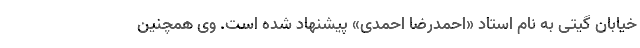
خیابان گیتی به نام استاد «احمدرضا احمدی» پیشنهاد شده است. وی همچنین